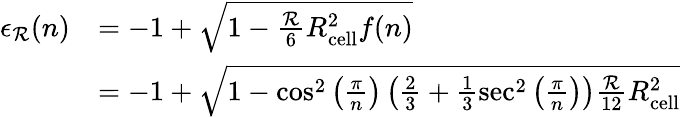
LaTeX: \begin{array}{rl}{\epsilon_{\mathcal{R}}(n)}&{=-1+\sqrt{1-\frac{\mathcal{R}}{6}R_{\mathrm{cell}}^{2}f(n)}}\\ &{=-1+\sqrt{1-\cos^{2}\left(\frac{\pi}{n}\right)\left(\frac{2}{3}+\frac{1}{3}\sec^{2}\left(\frac{\pi}{n}\right)\right)\frac{\mathcal{R}}{12}R_{\mathrm{cell}}^{2}}}\end{array}